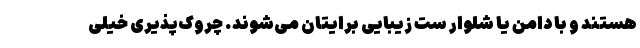
هستند و با دامن یا شلوار ست زیبایی برایتان می‌شوند. چروک‌پذیری خیلی